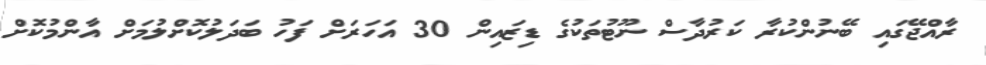
ރާއްޖޭގައި ބޭނުންކުރާ ކަރުދާސް ނޫޓުތަކުގެ ޑިޒައިން 30 އަހަރަށް ފަހު ބަދަލުކޮށްލުމަށް އާންމުކޮށް